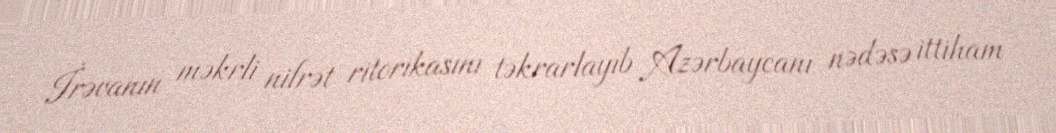
İrəvanın məkrli nifrət ritorikasını təkrarlayıb Azərbaycanı nədəsə ittiham